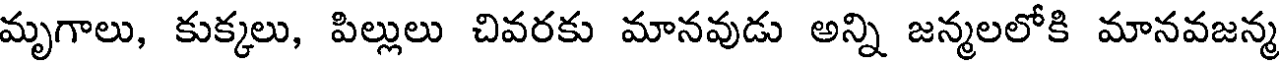
మృగాలు, కుక్కలు, పిల్లులు చివరకు మానవుడు అన్ని జన్మలలోకి మానవజన్మ